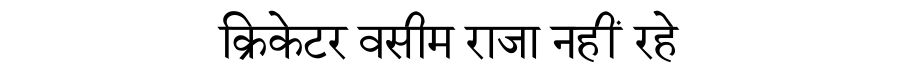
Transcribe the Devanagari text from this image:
क्रिकेटर वसीम राजा नहीं रहे